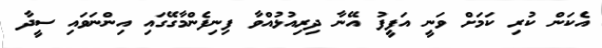
އެކަން ކުރި ކަމަށް ވަނީ އަފީފު އޭނާ ދިރިއުޅުއްވާ ފިނިފެންމާގޭގައި އިންނަވައި ސީދާ